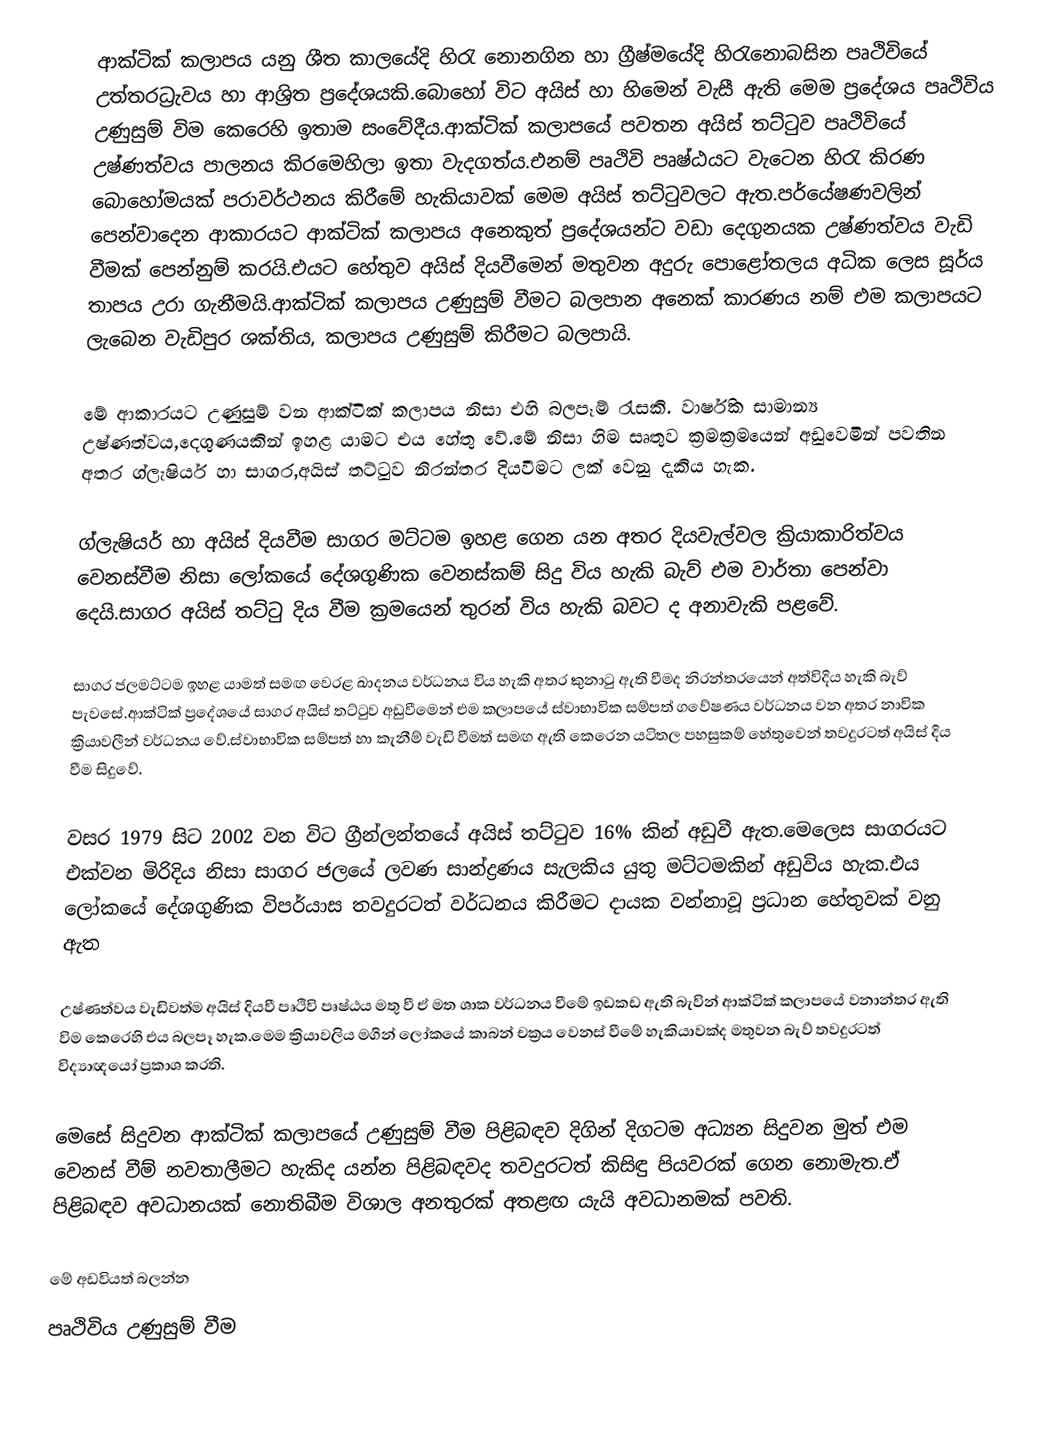
ආක්ටික්  කලාපය යනු ශීත කාලයේදි හිරැ නොනගින හා ග්‍රීෂ්මයේදි හිරැනොබසින පෘථිවියේ උත්තරධ්‍රැවය හා ආශ්‍රිත ප්‍රදේශයකි.බොහෝ විට අයිස් හා හිමෙන් වැසී ඇති මෙම ප්‍රදේශය පෘථිවිය උණුසුම් විම කෙරෙහි ඉතාම සංවේදීය.ආක්ටික් කලාපයේ පවතන අයිස් තට්ටුව පෘථිවියේ උෂ්ණත්වය පාලනය කිරමෙහිලා ඉතා වැදගත්ය.එනම් පෘථිවි පෘෂ්ඨයට වැටෙන හිරැ කිරණ බොහෝමයක් පරාවර්ථනය කිරීමේ හැකියාවක් මෙම අයිස් තට්ටුවලට ඇත.පර්යේෂණවලින් පෙන්වාදෙන ආකාරයට ආක්ටික් කලාපය අනෙකුත් ප්‍රදේශයන්ට වඩා දෙගුනයක උෂ්ණත්වය වැඩි වීමක් පෙන්නුම් කරයි.එයට හේතුව අයිස් දියවීමෙන් මතුවන අදුරු පොළෝතලය අධික ලෙස සූර්ය තාපය උරා ගැනීමයි.ආක්ටික් කලාපය උණුසුම් වීමට බලපාන අනෙක් කාරණය නම් එම කලාපයට ලැබෙන වැඩිපුර ශක්තිය, කලාපය උණුසුම් කිරීමට බලපායි.

මේ ආකාරයට උණුසුම් වන ආක්ටික් කලාපය නිසා එහි බලපෑම් රැසකි. වාර්ෂික සාමාන්‍ය උෂ්ණත්වය,දෙගුණයකින් ඉහළ යාමට එය හේතු වේ.මේ නිසා හිම සෘතුව ක්‍රමක්‍රමයෙන් අඩුවෙමින් පවතින අතර ග්ලැෂියර් හා සාගර,අයිස් තට්ටුව නිරන්තර දියවීමට ලක් වෙනු දැකිය හැක.

ග්ලැෂියර් හා අයිස් දියවීම සාගර මට්ටම ඉහළ ගෙන යන අතර දියවැල්වල ක්‍රියාකාරිත්වය වෙනස්වීම නිසා ලෝකයේ දේශගුණික වෙනස්කම් සිදු විය හැකි බැව් එම වාර්තා පෙන්වා දෙයි.සාගර අයිස් තට්ටු දිය වීම ක්‍රමයෙන් තුරන් විය හැකි බවට ද අනාවැකි පළවේ.

සාගර ජලමට්ටම ඉහළ යාමත් සමඟ වෙරළ ඛාදනය වර්ධනය විය හැකි අතර කුනාටු ඇති වීමද නිරන්තරයෙන් අත්විදිය හැකි බැව් පැවසේ.ආක්ටික් ප්‍රදේශයේ සාගර අයිස් තට්ටුව අඩුවීමෙන් එම කලාපයේ ස්වාභාවික සම්පත් ගවේෂණය වර්ධනය වන අතර නාවික ක්‍රියාවලීන් වර්ධනය වේ.ස්වාභාවික සම්පත් හා කැනීම් වැඩි වීමත් සමඟ ඇති කෙරෙන යටිතල පහසුකම් හේතුවෙන් තවදුරටත් අයිස් දිය වීම සිදුවේ.

වසර 1979 සිට 2002 වන විට ග්‍රීන්ලන්තයේ අයිස් තට්ටුව 16% කින් අඩුවී ඇත.මෙලෙස සාගරයට එක්වන මිරිදිය නිසා සාගර ජලයේ ලවණ සාන්ද්‍රණය සැලකිය යුතු මට්ටමකින් අඩුවිය හැක.එය ලෝකයේ දේශගුණික විපර්යාස තවදුරටත් වර්ධනය කිරීමට දායක වන්නාවූ ප්‍රධාන හේතුවක් වනු ඇත

උෂ්ණත්වය වැඩිවත්ම අයිස් දියවී පෘථිවි පෘෂ්ඨය මතු වී ඒ මත ශාක වර්ධනය වීමේ ඉඩකඩ ඇති බැවින් ආක්ටික් කලාපයේ වනාන්තර ඇති විම කෙරෙහි එය බලපෑ හැක.මෙම ක්‍රියාවලිය මගින් ලෝකයේ කාබන් චක්‍රය වෙනස් වීමේ හැකියාවක්ද මතුවන බැව් තවදුරටත් විද්‍යාඥයෝ ප්‍රකාශ කරති.

මෙසේ සිදුවන ආක්ටික් කලාපයේ උණුසුම් වීම පිළිබඳව දිගින් දිගටම අධ්‍යන සිදුවන මුත් එම වෙනස් වීම් නවතාලීමට හැකිද යන්න පිළිබඳවද තවදුරටත් කිසිඳු පියවරක් ගෙන නොමැත.ඒ පිළිබඳව අවධානයක් නොතිබීම විශාල අනතුරක් අතළඟ යැයි අවධානමක් පවති.

මේ අඩවියත් බලන්න
පෘථිවිය උණුසුම් වීම